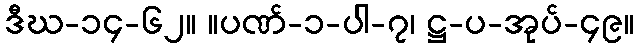
ဒီဃ-၁၄-၆၂။ ။ပဏ်-၁-ပါ-၇၊ ဋ္ဌ-ပ-အုပ်-၄၉။